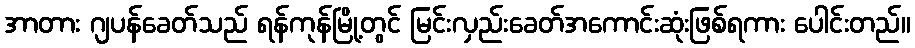
အာတား ဂျပန်ခေတ်သည် ရန်ကုန်မြို့တွင် မြင်းလှည်းခေတ်အကောင်းဆုံးဖြစ်ရကား ပေါင်းတည်။